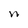
Character: n